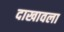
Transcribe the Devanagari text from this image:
दाखावला